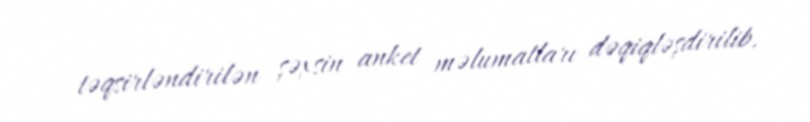
təqsirləndirilən şəxsin anket məlumatları dəqiqləşdirilib.